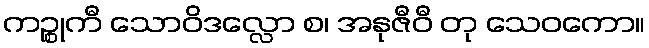
ကဉ္စုကီ သောဝိဒလ္လော စ၊ အနုဇီဝီ တု သေဝကော။